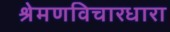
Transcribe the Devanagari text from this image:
श्रेमणविचारधारा